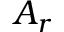
A _ { r }